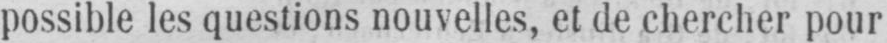
possible les questions nouvelles, et de chercher pour